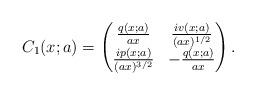
LaTeX: \begin{align*}C_{1}(x;a) = \begin{pmatrix}\frac{q(x;a)}{ax} & \frac{iv(x;a)}{(ax)^{1/2}} \\\frac{ip(x;a)}{(ax)^{3/2}} & -\frac{q(x;a)}{ax}\end{pmatrix}.\end{align*}